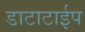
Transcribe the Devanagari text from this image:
डाटाटाईप